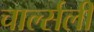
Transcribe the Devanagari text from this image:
चार्ल्सली